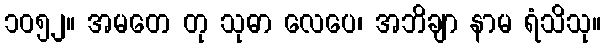
၁၀၅၂။ အမတေ တု သုဓာ လေပေ၊ အဘိချာ နာမ ရံသိသု။